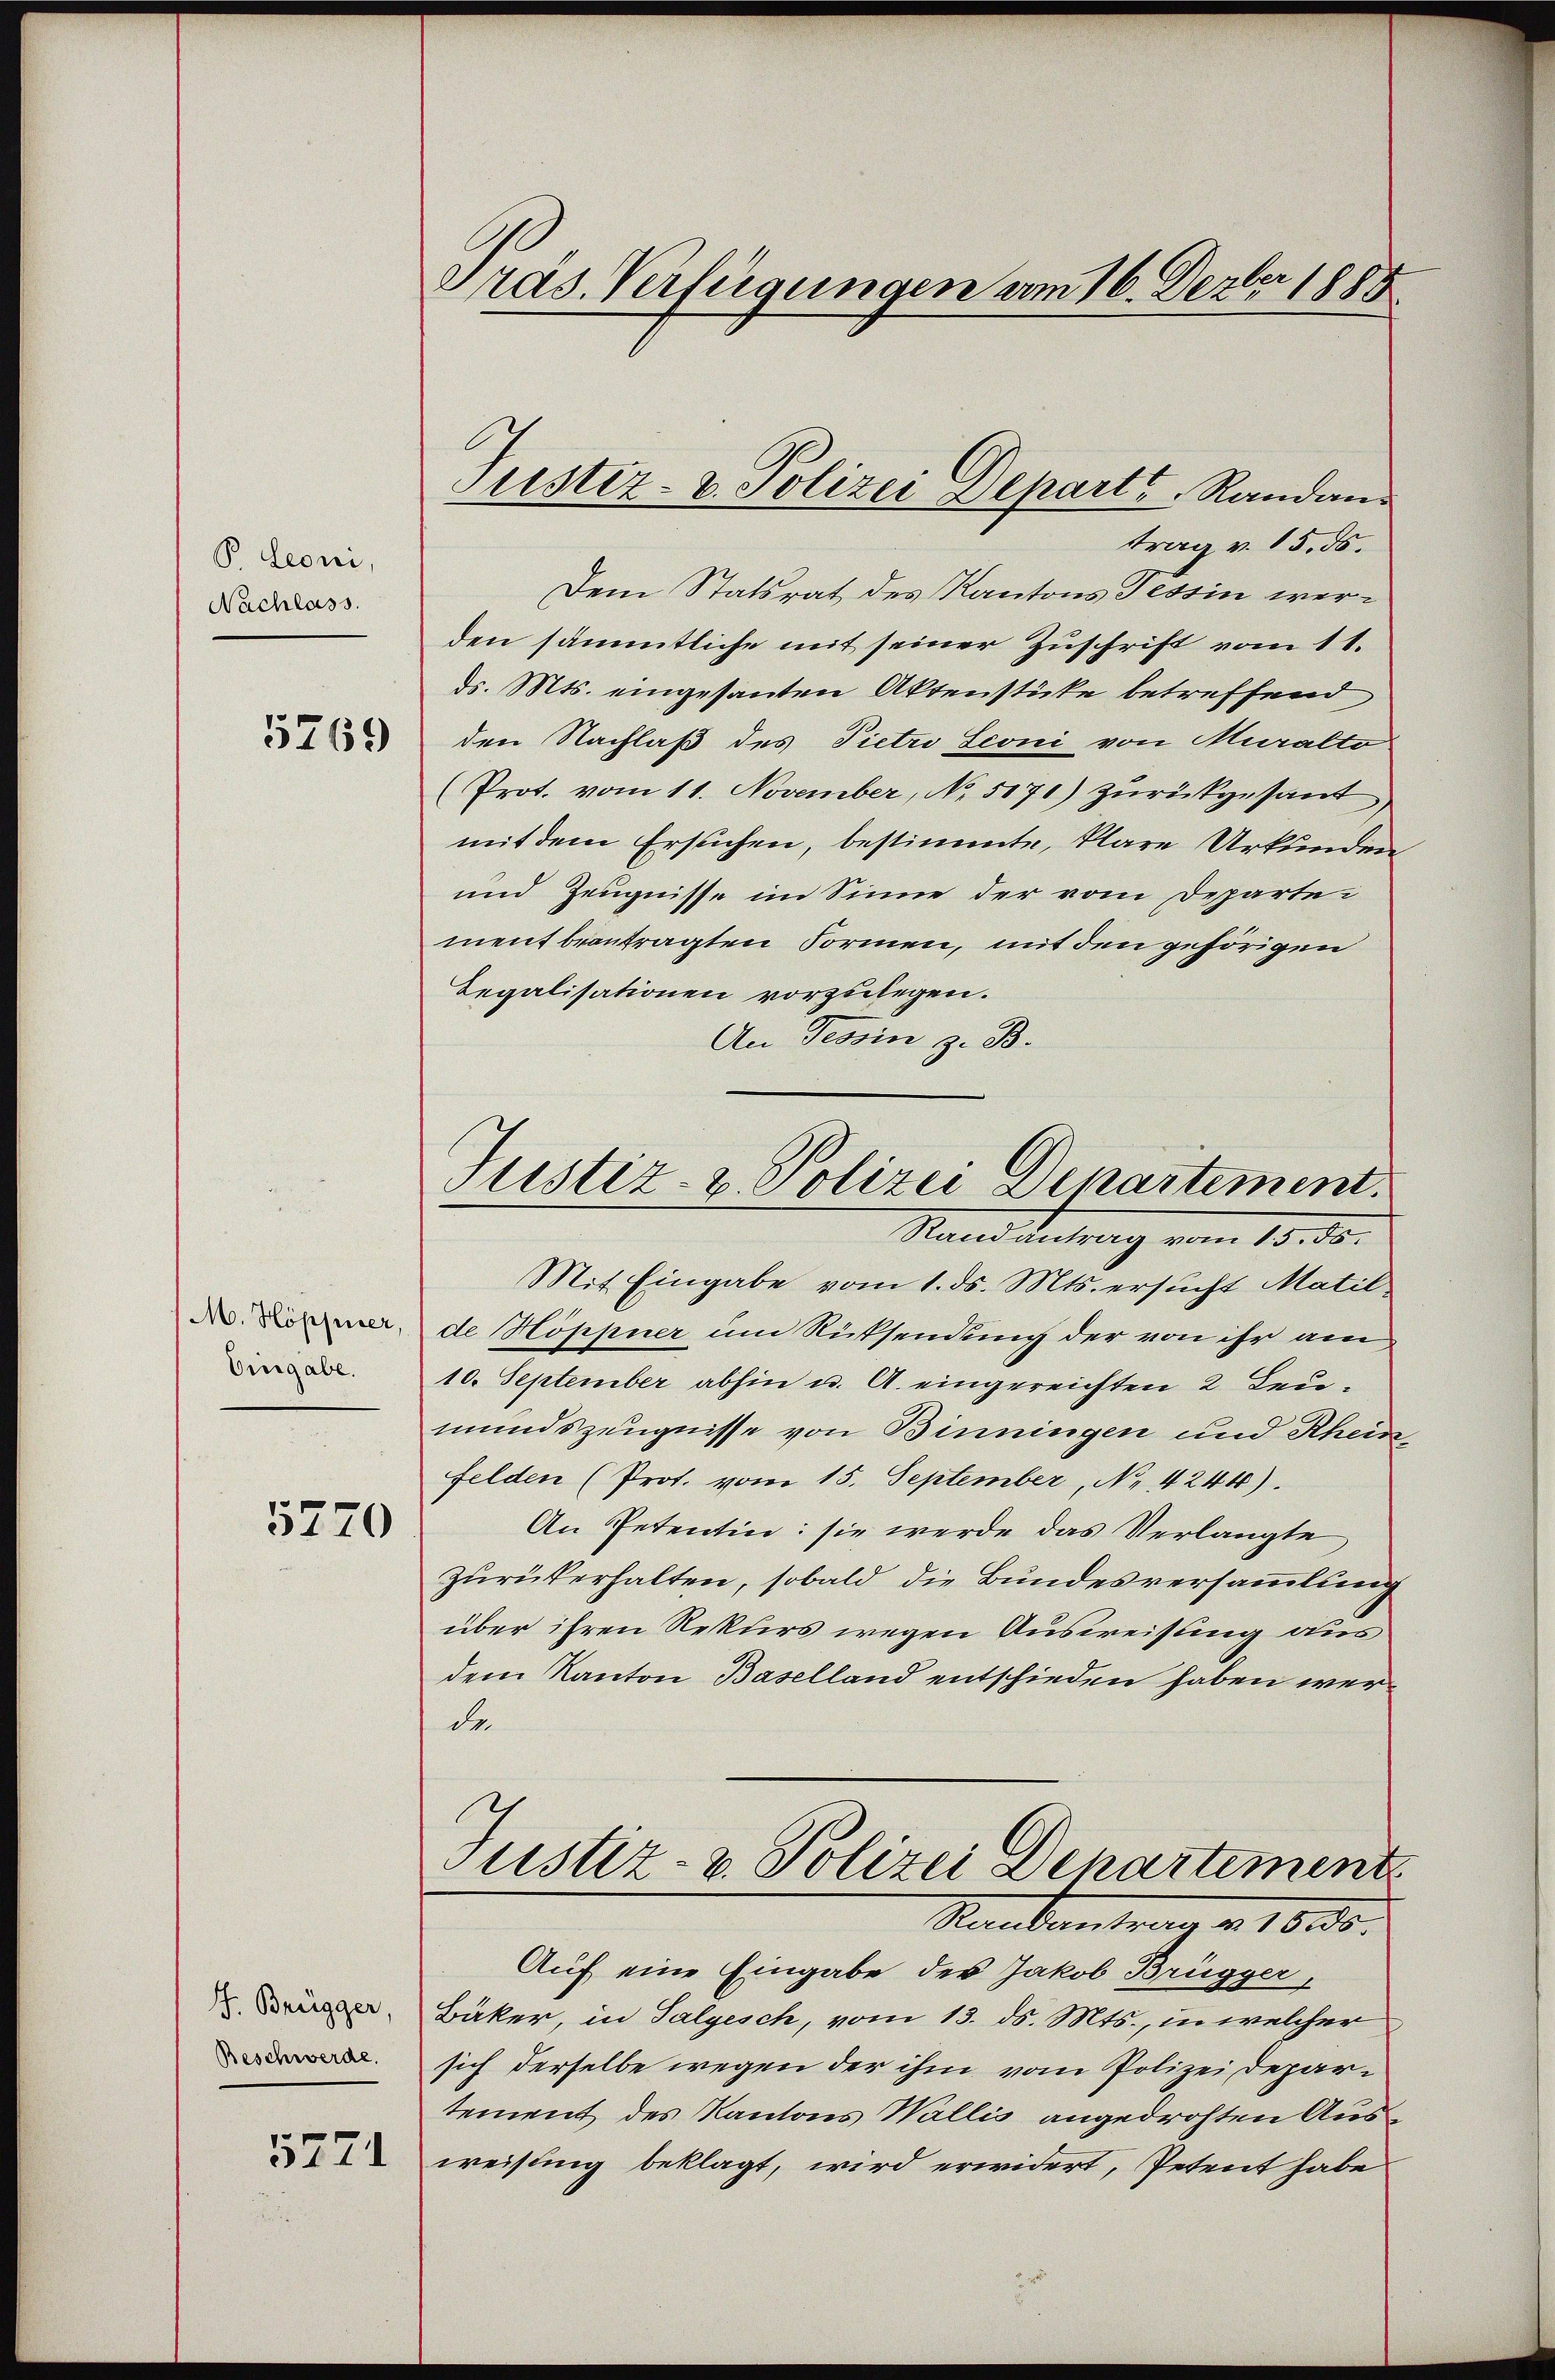
P. Leoni,
Nachlass.

5769

M. Höppeiser
Eingabe.

5770

J. Brügger,
Beschwerde.
5271

Gras Verfügungen am 16. Dezbr 1885

Justiz- & Polizei Depart Randan

trag v. 15. ds.
Dem Statsrat des Kantons Tessin werden sämmtliche mit seiner Zuschrift vom 11.
d. Mts. eingesanten Aktenstücke betreffend
den Nachlaß des Pietro Seoni von Muralto
(Prot. vom 11. November, No. 5171) zurückgesant
mit dem Ersuchen, bestimmte, klare Urkunden
und Zeugnisse im Sinne der vom Departement beantragten Formen, mit den gehörigen
Legalisationen vorzulegen.
An Tessin z. B.
Mit Eingabe vom 1. ds. Mts. ersŭcht Matil
de Höppner um Rücksendung der von ihr am
10. September abhin u. A. eingereichten 2 Leumundszeugnisse von Binningen und Rheinfelden (Prot. vom 15. September, No 4244).
An Petentin: sie werde das Verlangte
zurückerhalten, sobald die Bundesversammlung
über ihren Rekurs wegen Ausweisung aus
dem Kanton Baselland entschieden haben werde
Justiz- & Polizei Departement
Rankentrag v. 1850.
Auf eine Eingabe des Jakob Brügger,
Bäker, in Salgesch, vom 13. ds. Mts., in welcher
sich derselbe wegen der ihm vom Polizei Departement des Kantons Wallis angedrohten Ausweisung beklagt, wird erwidert, Petent habe

Justiz- u. Polizei Departement.
Stand Antrag vom 13. ds.